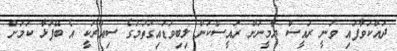
ދައްކަވާފައި ވަނީ ރައީސް ޔާމީނަށް ރައީސްކަން ލިބިވަޑައިގަތުމުގެ ސިއްރަކީ އެ ބޭފުޅާ ކަމަށް